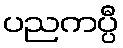
ပညကပ္ပီ